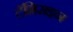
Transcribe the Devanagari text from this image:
टॅमिराइन